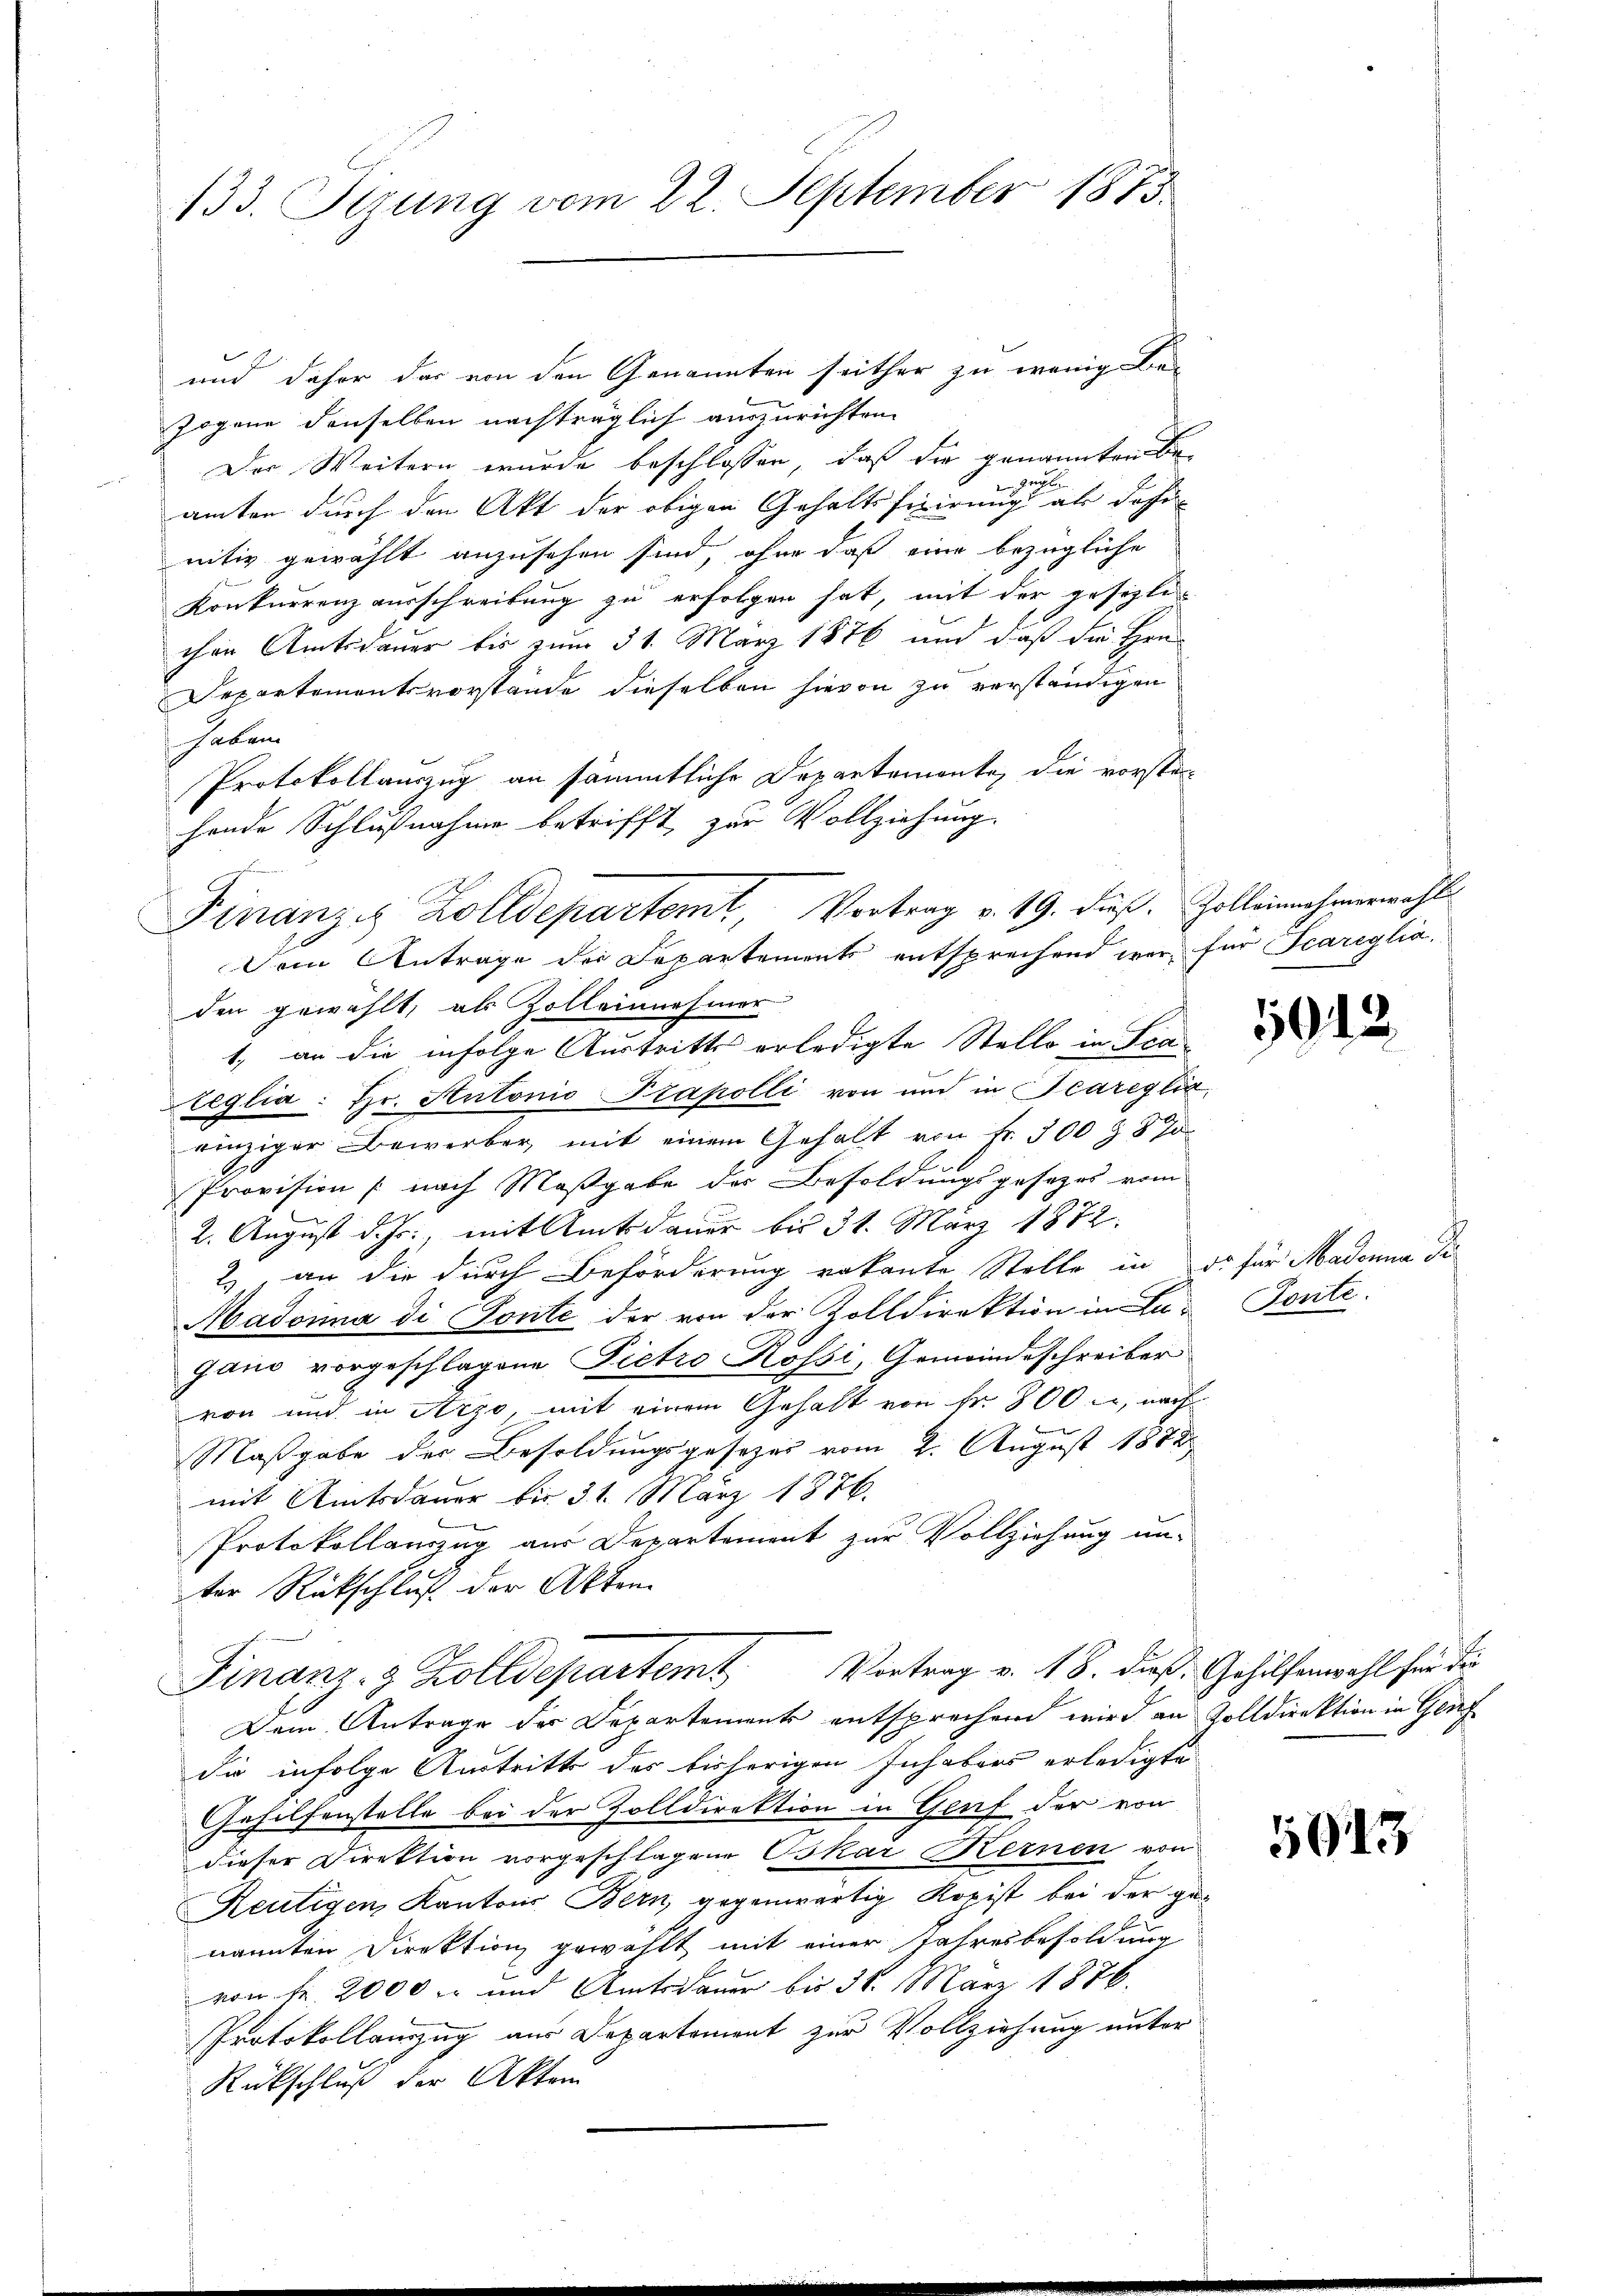
133. Tizung vom 22. September 1873.

und daher das von den Genannten seither zu wenig be-
Zogene denselben nachträglich auszurichten
Der Weitern wurde beschlossen, daß die genannten Be
amten durch den Akt der obigen Gehaltsferirung ab dahe
nitiv gewählt anzusehen sind, ohne daß eine bezügliche
Konkurrenz ausschreibung zu erfolgen hat, mit der gesezli
chen Amtsdauer bis zum 31. März 1876 und daß die Hrn.
Departementsvorstände dieselben hievon zu verständigen
haben
Protokollauszug an sämmtliche Departemonte, die vorstehende Schlußnahme betrifft, zur Vollziehung.

Finanze Zolldepartemt, Vortrag v. 19. Fuß. Zolleinnahmerwahl
Dem Antrage der Departements entsprechend war für Scareglia,
den gewählt, als Zolleinnehmer

1. an die infolge Austritte erledigte Stelle in Scaleglia: Hr. Antonio Trapolli von und in Teareglic
einziger Bewerber, mit einem Gehalt von Fr. 500 f 8 J
E
Provision (nach Maßgabe des Besoldungsgesetzes vom
2. August d. Js., mit Amtsdauer bis 31. März 1872.
2), an die durch Beförderung vakante Stelle in ds für Madonna di
Madonna di Ponte der von der Zolldirektion in Lu-
gano vorgeschlagene Pietro Rossi, Gemeindeschreiber
von und in Arzo, mit einem Gehalt von fr. 800, nach
Maßgabe der Besoldungsgesetzes vom 2. August 1882
mit Amtsdauer bis 31. März 1876.
Protokollauszug aus Departement zur Vollziehung un-
ter Rückschluß der Akten
Finanz- & Zolldepartem Vortrag v. 18. dieß. Gehilfenwahl für die
Dem Antrage der Departements entsprechen wird an Volldirektion in Genf
die infolge Austritt des bisherigen Inhabers erledigte
Gehilfenstelle bei der Zolldirektion in Genf der von
dieser Direktion vorgeschlagene Oskar Hernen von
Reutigen, Kantons Bern, gegenwärtig Kopist bei der genannten Direktion gewählt mit einer Jahresbesoldung
von Fr. 2000 und Amtsdauer bis 38. März 1876.
Protokollenzug aus Departement zur Vollziehung unter
Rückschluß der Akten

5013.

Tonte.

943